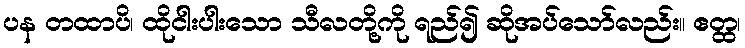
ပန တထာပိ၊ ထိုငါးပါးသော သီလတို့ကို ရည်၍ ဆိုအပ်သော်လည်း။ ဧတ္ထ၊